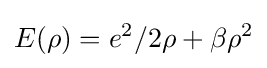
E(\rho )=e^{2}/2\rho +\beta \rho ^{2}